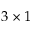
3 \times 1